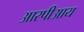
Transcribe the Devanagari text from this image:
आरपीआय